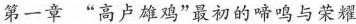
第一章“高卢雄鸡”最初的啼鸣与荣耀